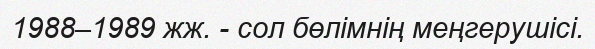
1988–1989 жж. - сол бөлiмнiң меңгерушiсi.